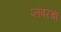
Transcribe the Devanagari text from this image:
प्लंबरचा